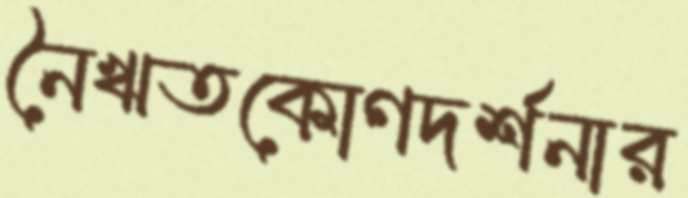
নৈঋতকোণদর্শনার